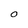
Character: O